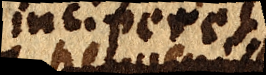
inciperet